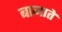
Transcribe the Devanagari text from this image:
बानाते